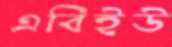
এবিইউ